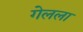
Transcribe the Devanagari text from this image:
गेलला